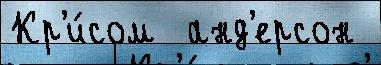
Кр'и́сом  анд'ерсон